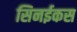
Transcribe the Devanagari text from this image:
सिनईकस